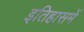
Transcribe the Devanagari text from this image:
इतिहासमें